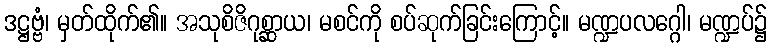
ဒဋ္ဌဗ္ဗံ၊ မှတ်ထိုက်၏။ အသုစိဇိဂုစ္ဆာယ၊ မစင်ကို စပ်ဆုက်ခြင်းကြောင့်။ မဏ္ဍပလဂ္ဂေါ၊ မဏ္ဍပ်၌